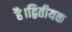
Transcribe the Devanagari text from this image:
है।द्वितीयक